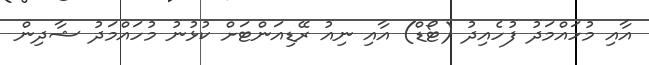
އާއި މުހައްމަދު ފުހެއިދު (ޓޯޑް) އާއި ނިއު ރޭޑިއަންޓަށް ކުޅުނު މުހައްމަދު ޝާދިން